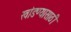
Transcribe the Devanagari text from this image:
खांडण्यासाठी